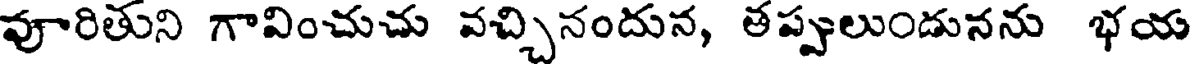
వూరితుని గావించుచు వచ్చినందున, తప్పులుండునను భయ